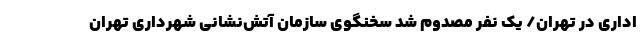
اداری در تهران/ یک نفر مصدوم شد سخنگوی سازمان آتش‌نشانی شهرداری تهران